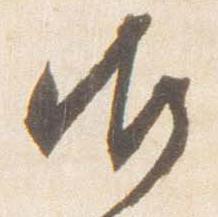
御